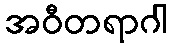
အဝီတရာဂါ